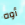
أوه